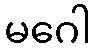
မဂေါ